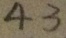
4 3